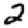
Digit: 2